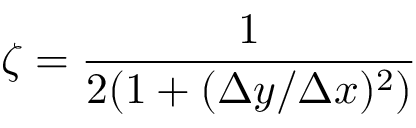
\zeta = \frac { 1 } { 2 ( 1 + ( \Delta y / \Delta x ) ^ { 2 } ) }